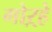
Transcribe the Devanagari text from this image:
गोऱ्हे